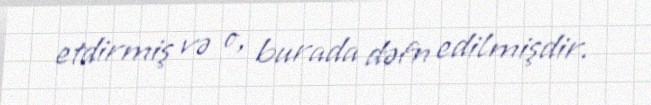
etdirmiş və o, burada dəfn edilmişdir.